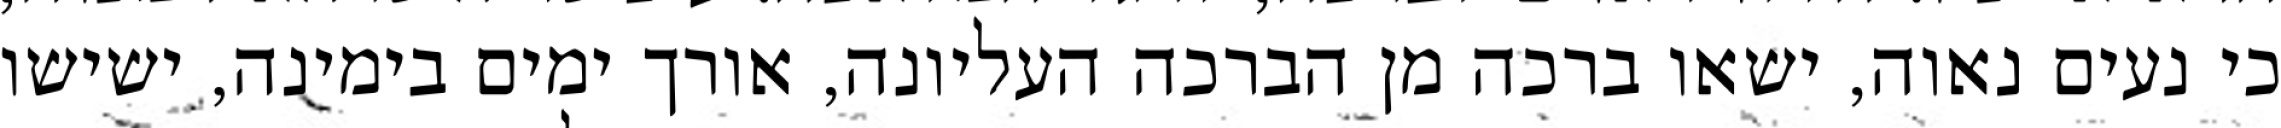
כי נעים נאוה, ישאו ברכה מן הברכה העליונה, אורך ימים בימינה, ישישו